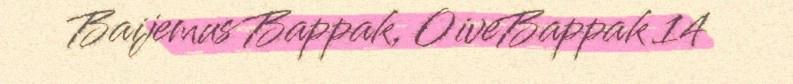
Baijemus Bappak, OiveBappak 14